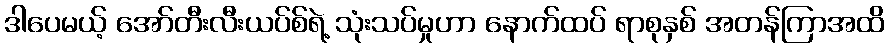
ဒါပေမယ့် အော်တီးလီးယပ်စ်ရဲ့ သုံးသပ်မှုဟာ နောက်ထပ် ရာစုနှစ် အတန်ကြာအထိ